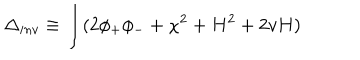
\Delta _ { i n v } \equiv \int ( 2 \phi _ { + } \phi _ { - } + \chi ^ { 2 } + H ^ { 2 } + 2 v H )